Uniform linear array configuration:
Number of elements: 12
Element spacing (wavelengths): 0.75
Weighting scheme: exponential
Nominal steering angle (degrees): -15
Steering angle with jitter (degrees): -14.01
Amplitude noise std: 0.05
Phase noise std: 0.05

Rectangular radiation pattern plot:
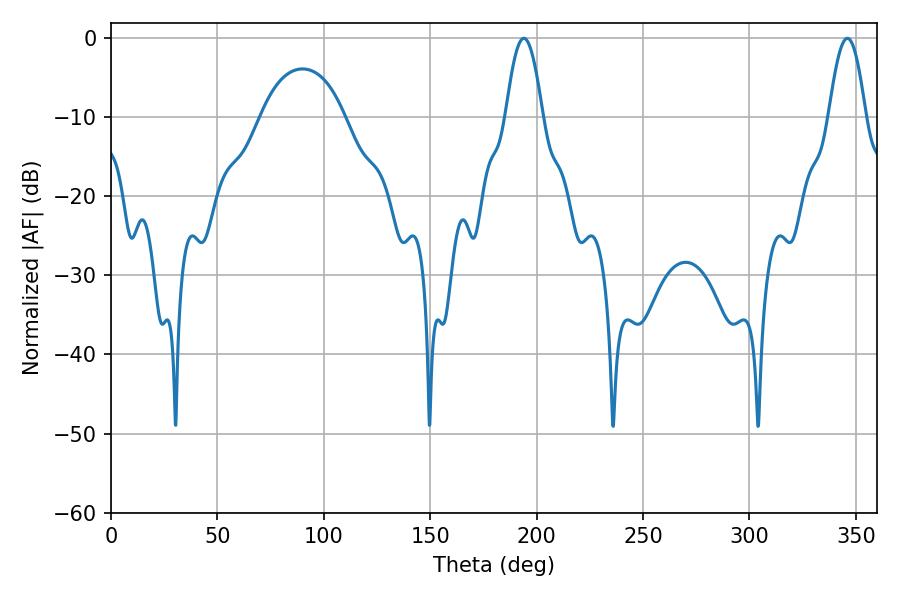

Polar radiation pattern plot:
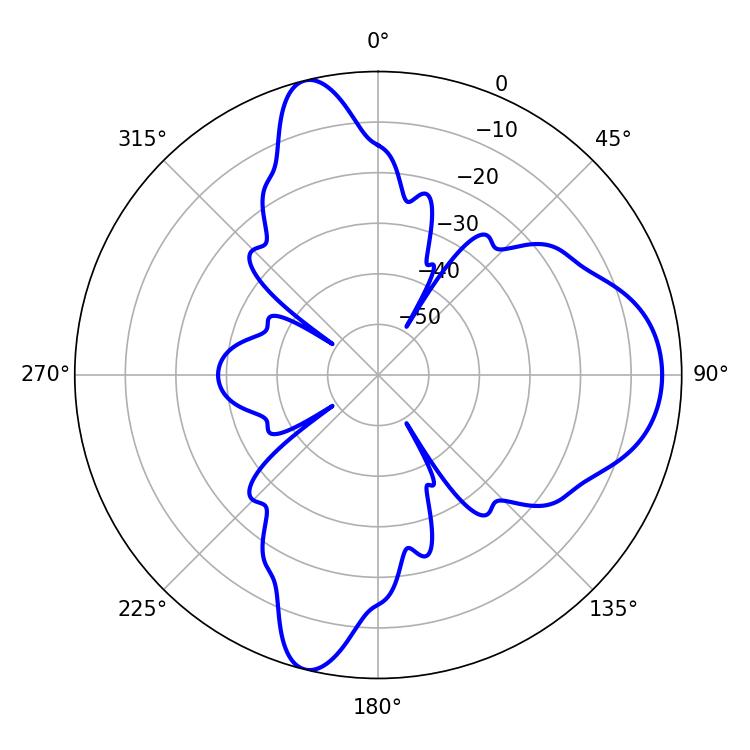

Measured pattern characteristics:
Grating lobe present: TRUE
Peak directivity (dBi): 11.869
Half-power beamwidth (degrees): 9.36
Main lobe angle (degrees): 194.04